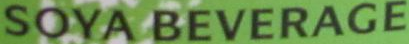
SOYA BEVERACE